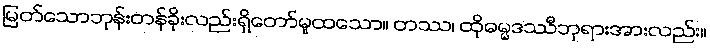
မြတ်သောဘုန်းတန်ခိုးလည်းရှိတော်မူထသော။ တဿ၊ ထိုဓမ္မဒဿီဘုရားအားလည်း။